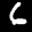
Label: 6